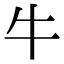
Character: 牛